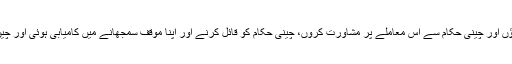
انہوں نے بتایا کہ میں نے فیصلہ کیا فی الفور چین جاؤں اور چینی حکام سے اس معاملے پر مشاورت کروں، چینی حکام کو قائل کرنے اور اپنا موقف سمجھانے میں کامیابی ہوئی اور چین نے پاکستان کو اپنی مکمل حمایت کا یقین دلایا ہے۔